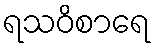
ရသဝိစာရေ